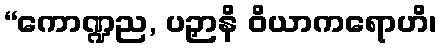
“ကောဏ္ဍည, ပဉှာနိ ဝိယာကရောဟိ၊